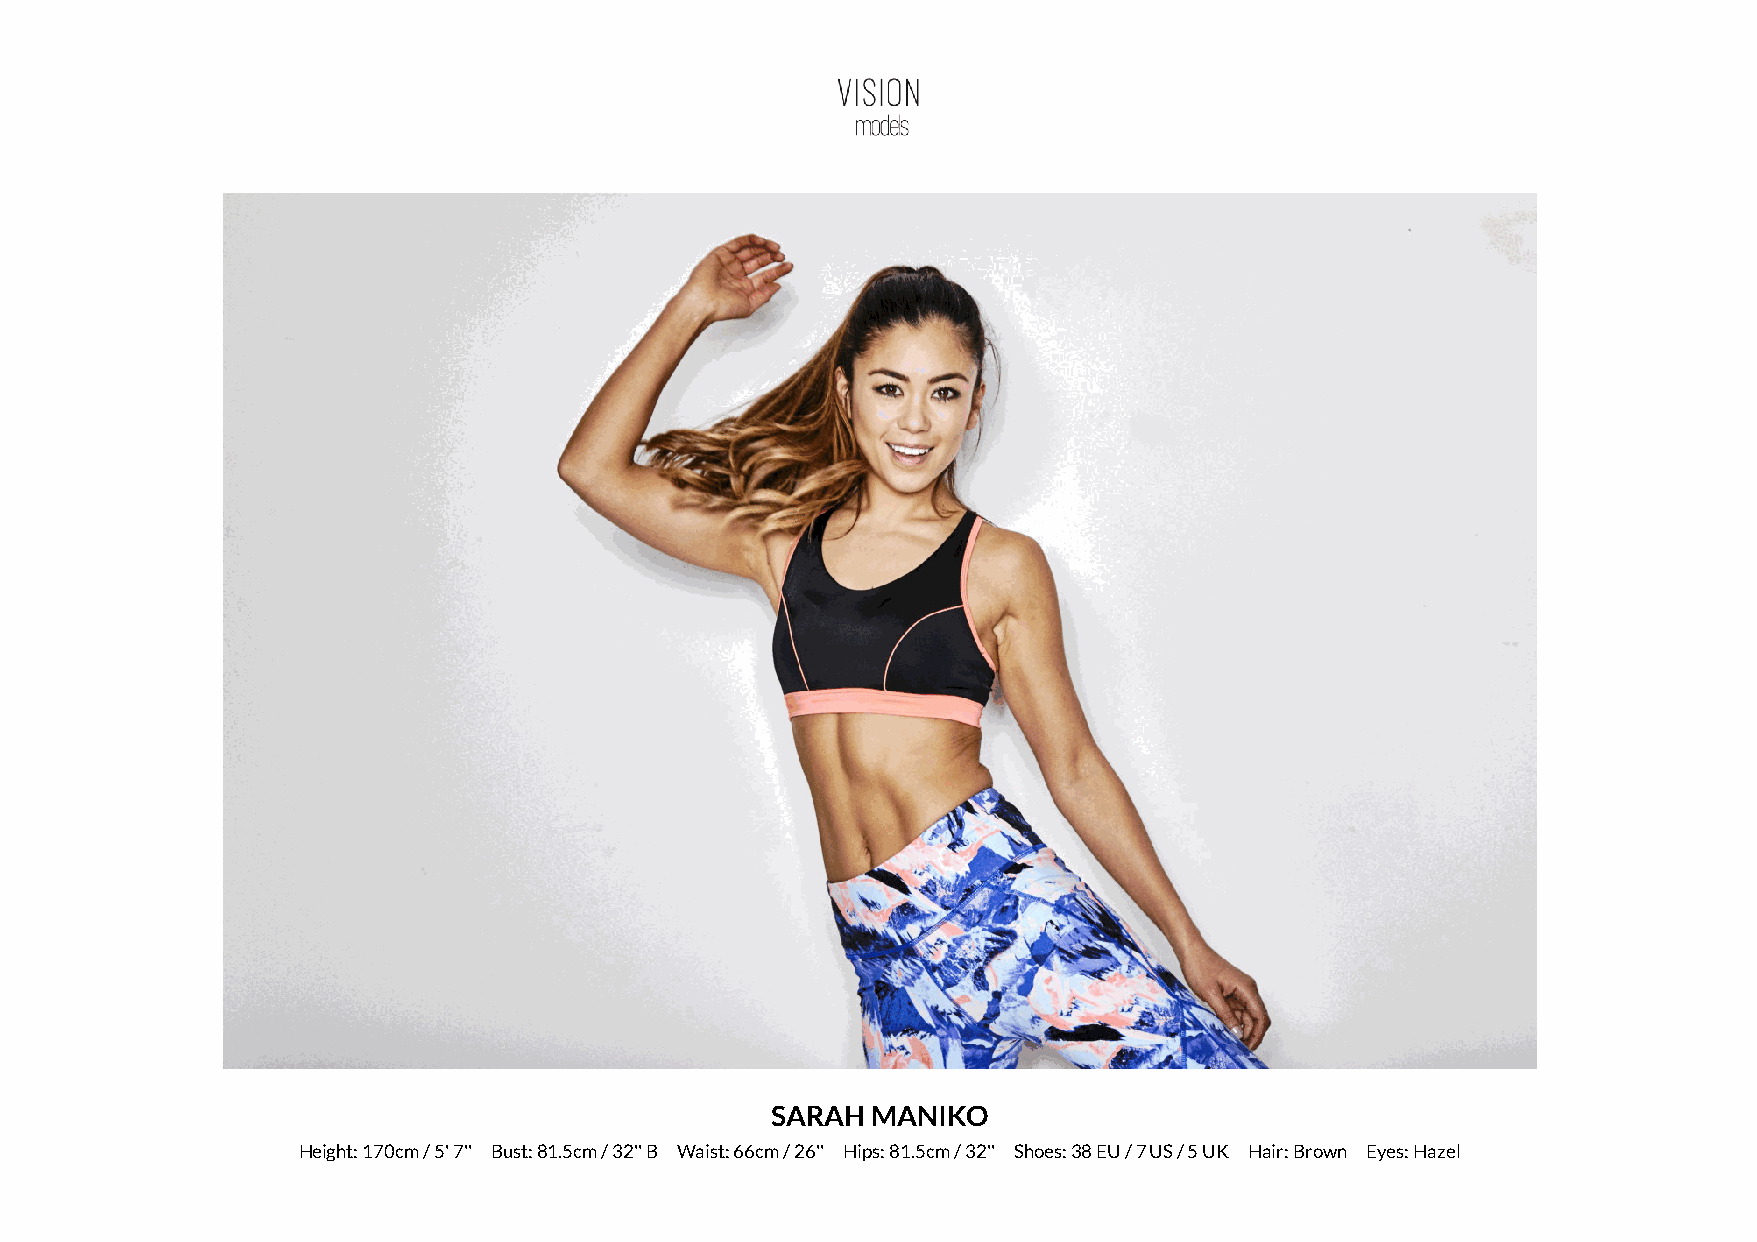
SARAH  MANIKO
 Height: 170cm / 5' 7'' Bust: 81.5cm / 32'' B Waist: 66cm / 26'' Hips: 81.5cm / 32'' Shoes: 38 EU / 7 US / 5 UK Hair: Brown Eyes: Hazel